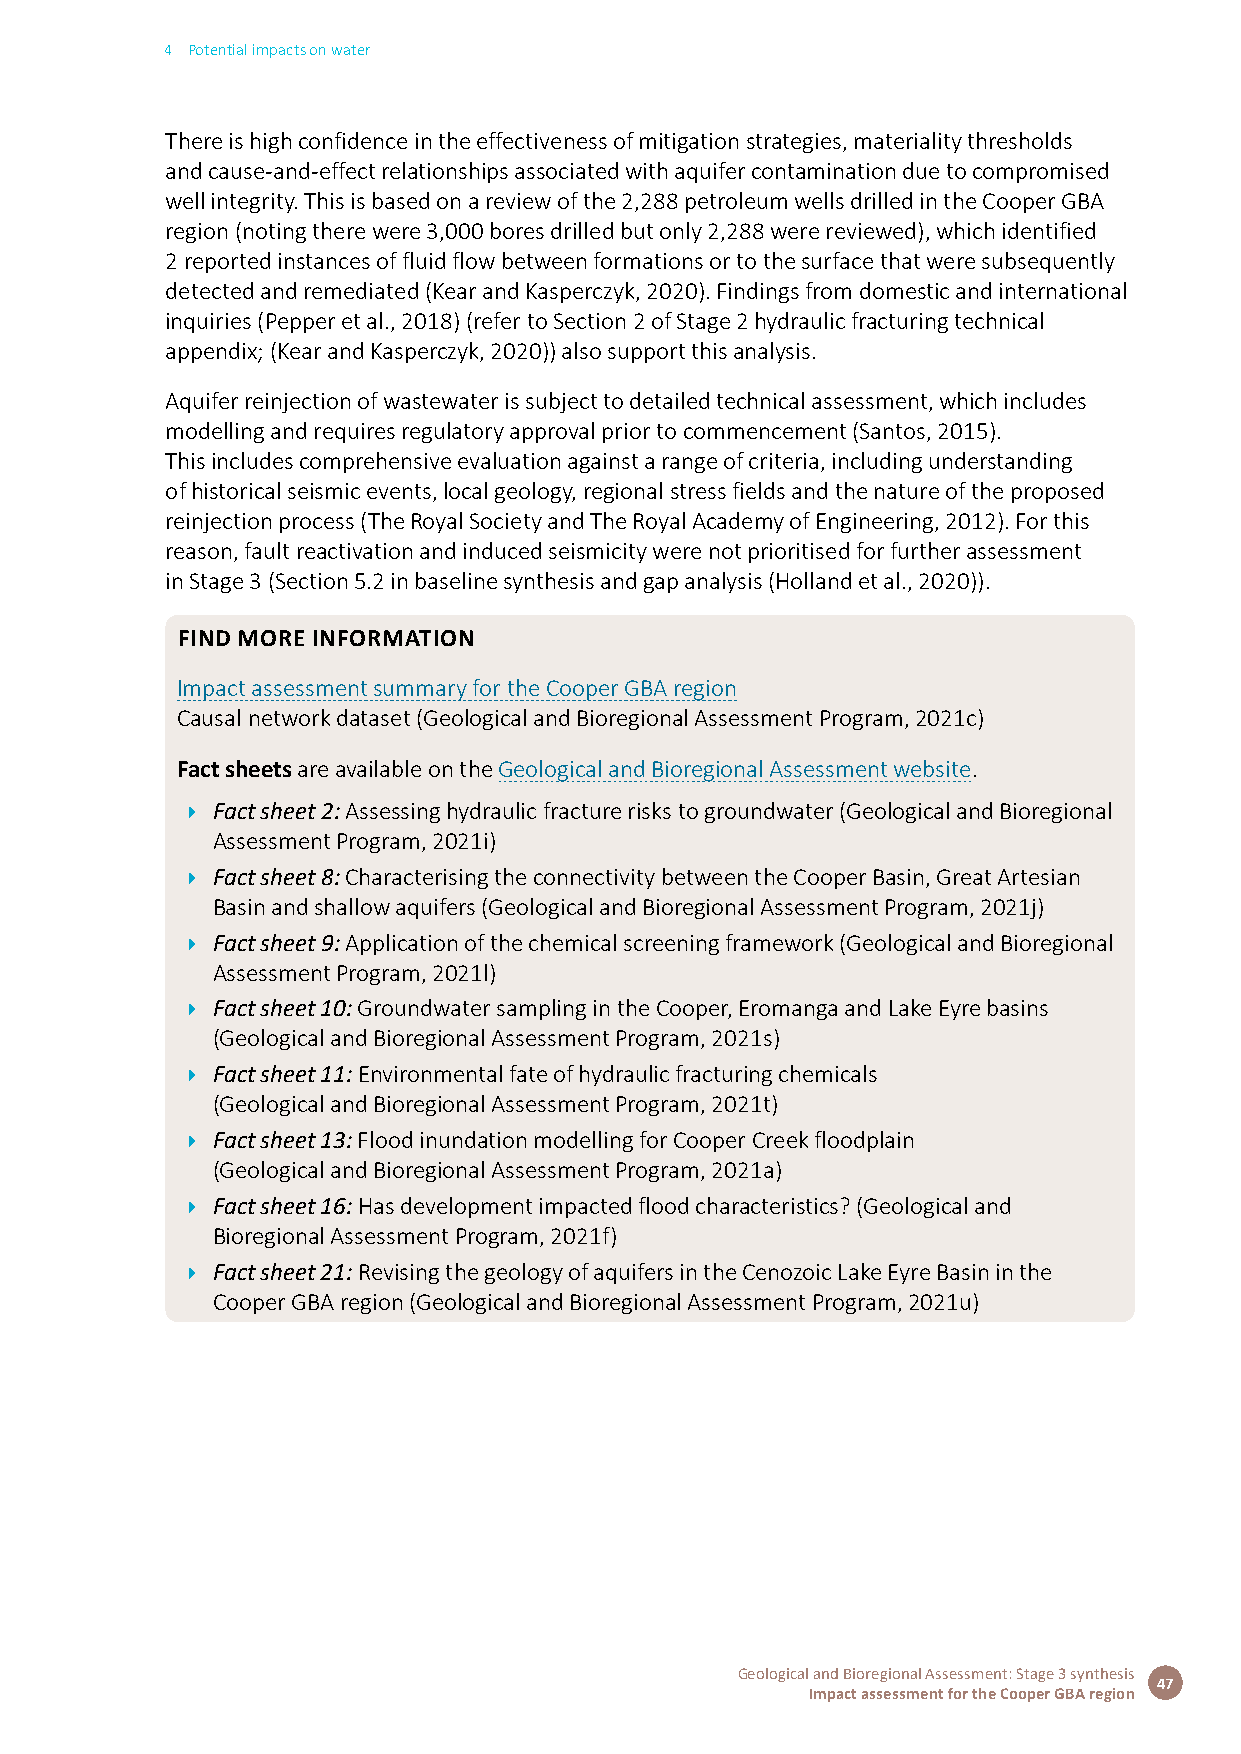
4 Potential impacts on water
 There is high confidence in the effectiveness of mitigation strategies, materiality thresholds
 and cause-and-effect relationships associated with aquifer contamination due to compromised
 well integrity. This is based on a review of the 2,288 petroleum wells drilled in the Cooper GBA
 region (noting there were 3,000 bores drilled but only 2,288 were reviewed), which identified
 2 reported instances of fluid flow between formations or to the surface that were subsequently
 detected and remediated (Kear and Kasperczyk, 2020). Findings from domestic and international
 inquiries (Pepper et al., 2018) (refer to Section 2 of Stage 2 hydraulic fracturing technical
 appendix; (Kear and Kasperczyk, 2020)) also support this analysis.
 Aquifer reinjection of wastewater is subject to detailed technical assessment, which includes
 modelling and requires regulatory approval prior to commencement (Santos, 2015).
 This includes comprehensive evaluation against a range of criteria, including understanding
 of historical seismic events, local geology, regional stress fields and the nature of the proposed
 reinjection process (The Royal Society and The Royal Academy of Engineering, 2012). For this
 reason, fault reactivation and induced seismicity were not prioritised for further assessment
 in Stage 3 (Section 5.2 in baseline synthesis and gap analysis (Holland et al., 2020)).
 FiND MORE iNFORMATiON
 Impact assessment summary for the Cooper GBA region
 Causal network dataset (Geological and Bioregional Assessment Program, 2021c)
 Fact sheets are available on the Geological and Bioregional Assessment website.
 Î Fact sheet 2: Assessing hydraulic fracture risks to groundwater (Geological and Bioregional
 Assessment Program, 2021i)
 Î Fact sheet 8: Characterising the connectivity between the Cooper Basin, Great Artesian
 Basin and shallow aquifers (Geological and Bioregional Assessment Program, 2021j)
 Î Fact sheet 9: Application of the chemical screening framework (Geological and Bioregional
 Assessment Program, 2021l)
 Î Fact sheet 10: Groundwater sampling in the Cooper, Eromanga and Lake Eyre basins
 (Geological and Bioregional Assessment Program, 2021s)
 Î Fact sheet 11: Environmental fate of hydraulic fracturing chemicals
 (Geological and Bioregional Assessment Program, 2021t)
 Î Fact sheet 13: Flood inundation modelling for Cooper Creek floodplain
 (Geological and Bioregional Assessment Program, 2021a)
 Î Fact sheet 16: Has development impacted flood characteristics? (Geological and
 Bioregional Assessment Program, 2021f)
 Î Fact sheet 21: Revising the geology of aquifers in the Cenozoic Lake Eyre Basin in the
 Cooper GBA region (Geological and Bioregional Assessment Program, 2021u)
 Geological and Bioregional Assessment: Stage 3 synthesis
 47
 Impact assessment for the Cooper GBA region